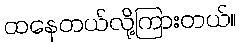
ထနေတယ်လို့ကြားတယ်။